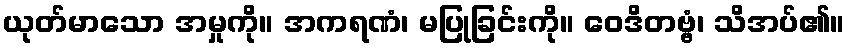
ယုတ်မာသော အမှုကို။ အကရဏံ၊ မပြုခြင်းကို။ ဝေဒိတဗ္ဗံ၊ သိအပ်၏။